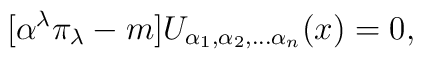
\lbrack \alpha ^{\lambda }\pi _{\lambda }-m]U_{\alpha _{1},\alpha_{2},\ldots \alpha _{n}}(x)=0,